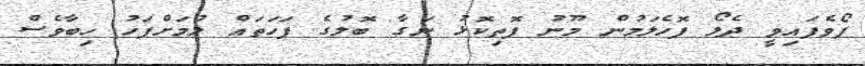
ފޯވެފައިވީ ދެލޯ ފޮހެލަމުން މޫނު ފޮތިކޮޅު ނަގާ ބޮލުގެ ފަހަތައް ލުމަށްފަހު ހިބާވެސް